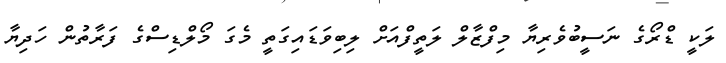
ލަކީ ޑްރޯގެ ނަސީބުވެރިޔާ މިފްޒާލް ލަތީފްއަށް ލިބިވަޑައިގަތީ މެގަ މޯލްޑިސްގެ ފަރާތުން ހަދިޔާ